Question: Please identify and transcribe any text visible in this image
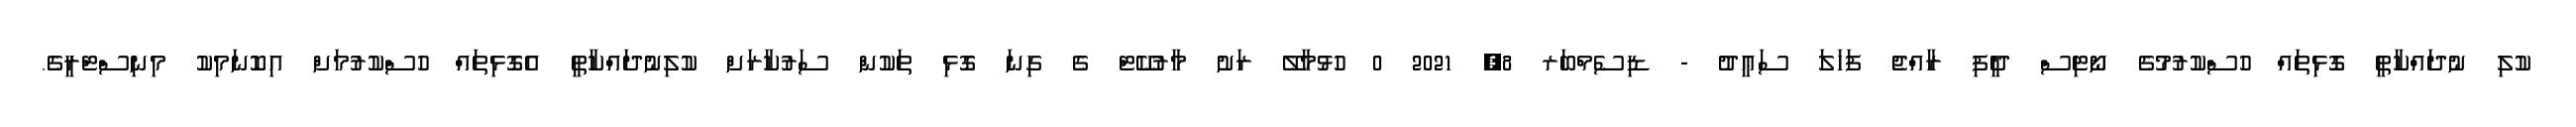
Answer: ކުލި ނުދައްކާތީ ގޮޅިތައް ހުސްކުރުމުގެ ނޯޓިސް ދީފި ރާއްޖެ ފަހަލަ ސަޢީދު - ޑިސެމްބަރ 8, 2021 0 ހުޅުމާލޭ ރަށު މާރުކޭޓް ގެ ގިނަ ގޮޅި ތަކުން ސަރުކާރަށް ކުލިނުދައްކާތީ އެގޮޅިތައް ހުސްކުރުމަށް އިކޮނަމިކު މިނިސްޓްރީގެ.